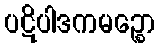
ပဋိပါဒကမဉ္စော